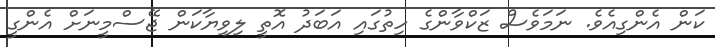
ކަން އެންގިއެވެ. ނަމަވެސް ޒަކްވާންގެ ހިތުގައި އަބަދު އޮތީ ލިވިޔާކަން ޖޭސްމީނަށް އެންގީ